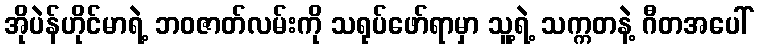
အိုပဲန်ဟိုင်မာရဲ့ ဘဝဇာတ်လမ်းကို သရုပ်ဖော်ရာမှာ သူ့ရဲ့ သက္ကတနဲ့ ဂီတအပေါ်